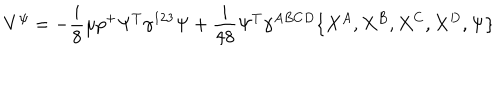
LaTeX: V ^ { \psi } = - { \frac { i } { 8 } } \mu p ^ { + } \Psi ^ { T } \gamma ^ { 1 2 3 } \Psi + { \frac { i } { 4 8 } } \Psi ^ { T } \gamma ^ { A B C D } \{ X ^ { A } , X ^ { B } , X ^ { C } , X ^ { D } , \Psi \}